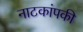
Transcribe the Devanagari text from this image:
नाटकांपकी